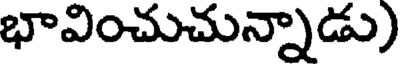
భావించుచున్నాడు)